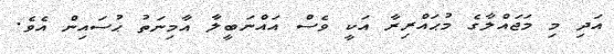
އަދި މި މަޖައްލާގެ މުޙައްރިރާ އަކީ ވެސް އައްނަބީލާ އާމިނަތު ޙުސައިން އެވެ.